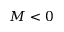
M < 0